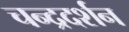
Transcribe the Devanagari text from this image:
चन्द्रदर्शन